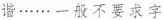
谐……一般不要求字